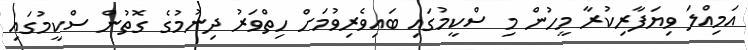
އަމިއްލަ ވިޔަފާރިކުރާ މީހުން މި ސްކީމުގައި ބައިވެރިވުމަށް ހިތްވަރު ދިނުމުގެ ގޮތުން ސްކީމުގައި